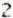
2